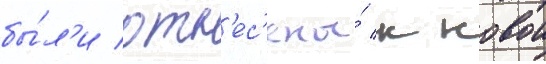
бы́л'и отн'ес'ены́ к новои